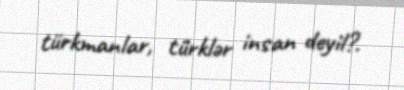
türkmanlar, türklər insan deyil?.